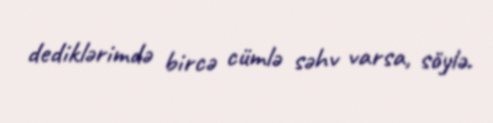
dediklərimdə bircə cümlə səhv varsa, söylə.